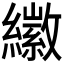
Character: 𦆮